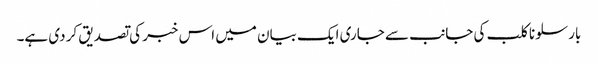
بارسلونا کلب کی جانب سے جاری ایک بیان میں اس خبر کی تصدیق کر دی ہے۔